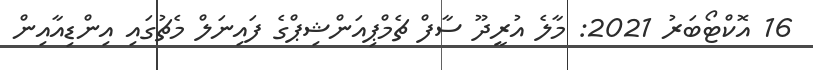
16 އޮކްޓޯބަރު 2021: މާލެ އުރީދޫ ސާފް ޗެމްޕިއަންޝިޕްގެ ފައިނަލް މެޗުގައި އިންޑިއާއިން